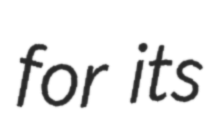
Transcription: for its